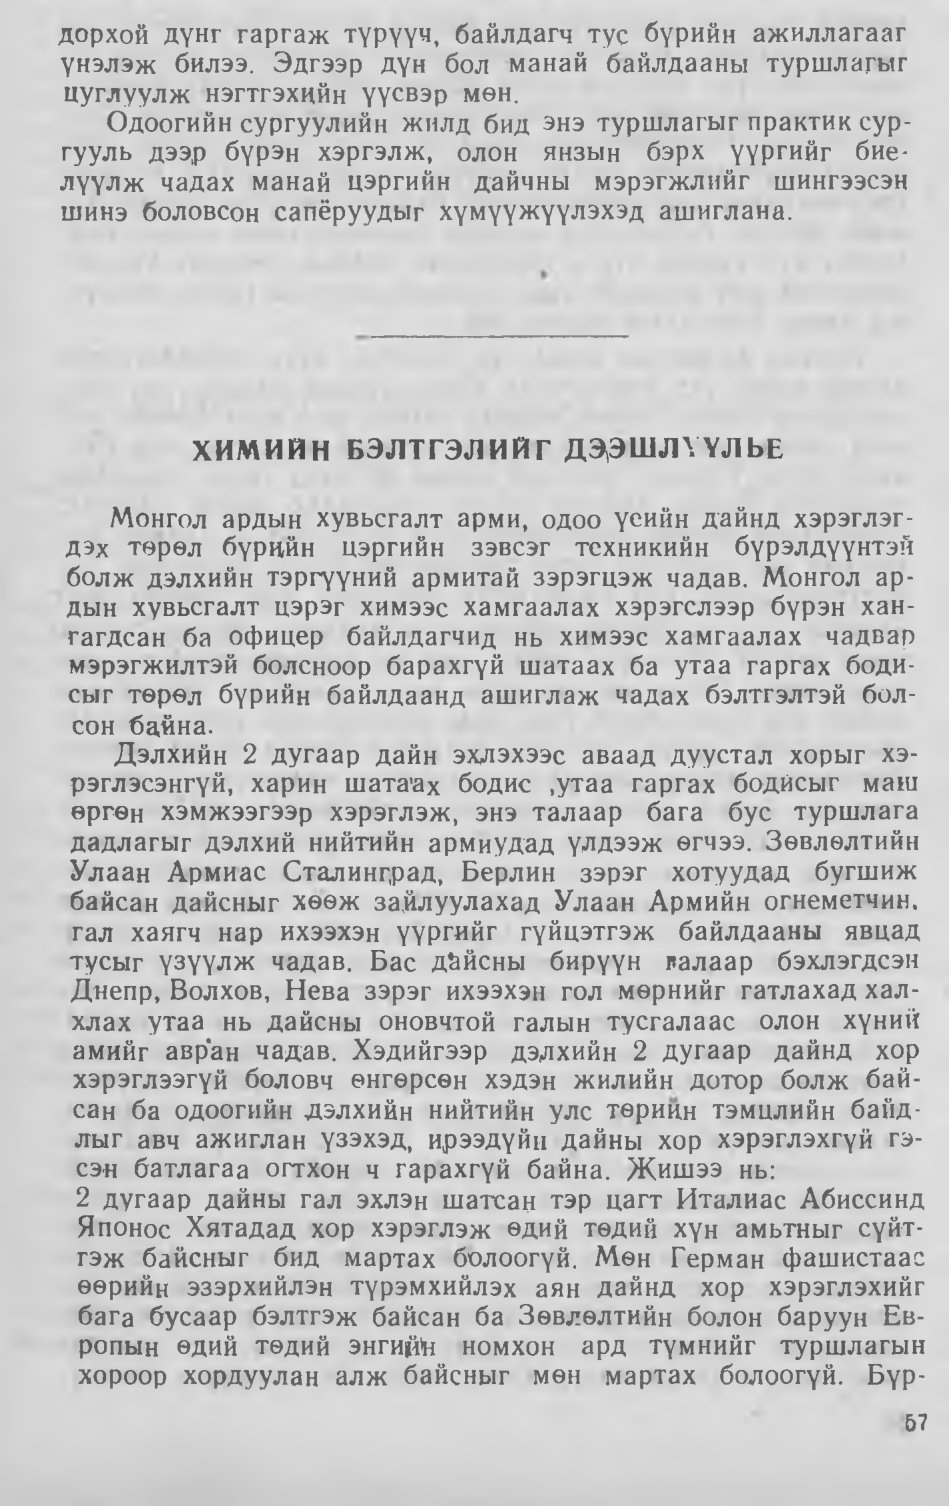
Language: mn